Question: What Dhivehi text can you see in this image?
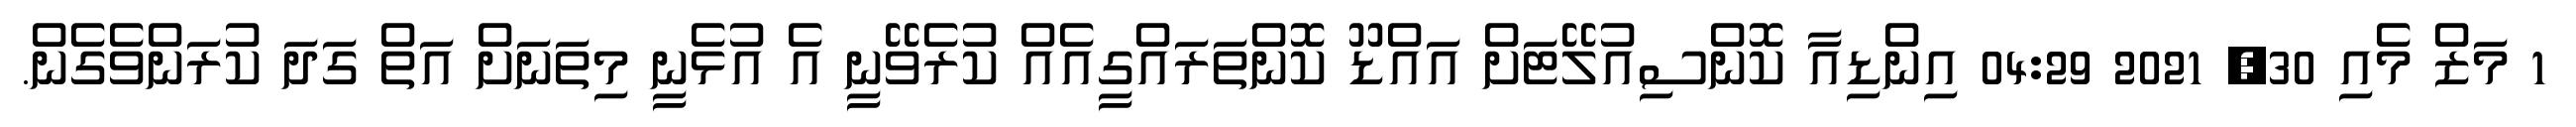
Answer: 1 މަޒް މެއި 30, 2021 04:29 އިންޑިއާ ކޮންސިއުލޭޓަށް އައްޑޫ ކޮންތަރައްގީއެއް ކުރެވޭނީ އެ އުޅެނީ މިތަނަށް އަތް ގަދަ ކުރަންވެގެން.